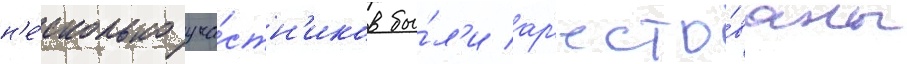
н'е́сколько уча́стн'иков бы́л'и ар'есто́ваны